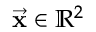
\vec { \bf x } \in \mathbb { R } ^ { 2 }